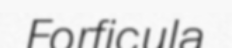
Forficula